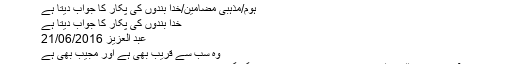
خدا بندوں کی پکار کا جواب دیتا ہے ~ مضامین ڈاٹ کام
ہوم/مذہبی مضامین/خدا بندوں کی پکار کا جواب دیتا ہے
خدا بندوں کی پکار کا جواب دیتا ہے
عبد العزیز 21/06/2016
وہ سب سے قریب بھی ہے اور مجیب بھی ہے
قرآن مجید میں اللہ تعالیٰ نے فرمایا ہے کہ ’’ہم بندہ کی رگ گردن سے بھی زیادہ اس سے قریب ہیں‘‘ (ق:16)۔